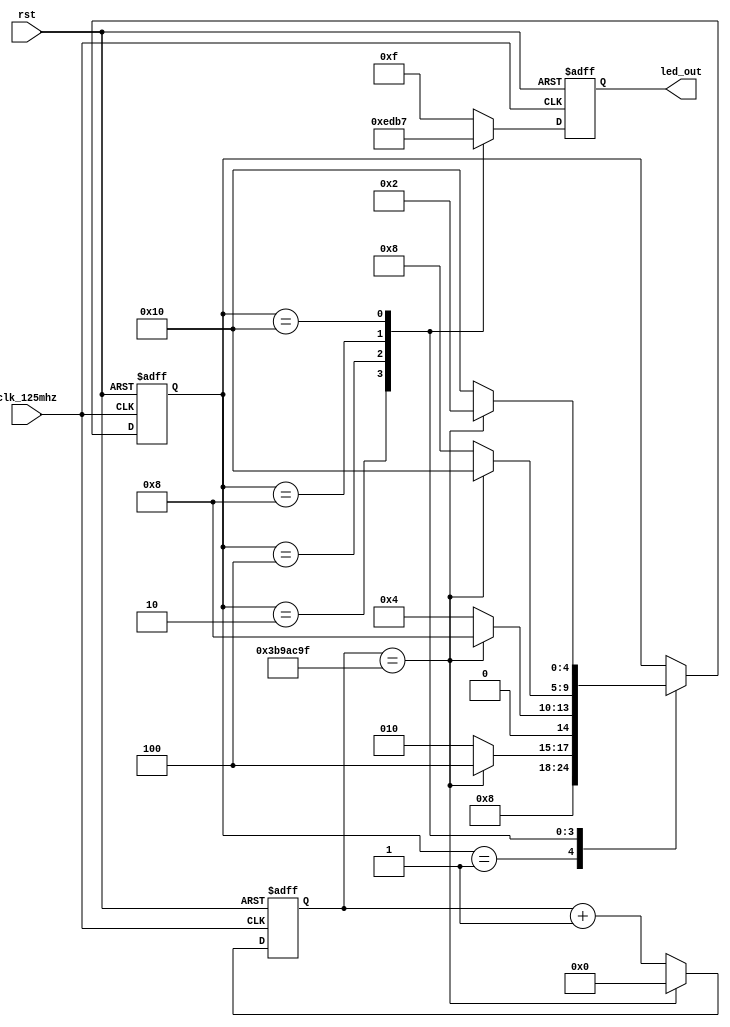
// This is a simple example.
// You can make a your own header file and set its path to settings.
// (Preferences > Package Settings > Verilog Gadget > Settings - User)
//
//		"header": "Packages/Verilog Gadget/template/verilog_header.v"
//
// -----------------------------------------------------------------------------
// Copyright (c) 2014-2023 All rights reserved
// -----------------------------------------------------------------------------
// Create : 2023-07-24 16:50:45
// Revise : 2023-07-24 16:50:45
// Editor : sublime text4, tab size (4)
// Descri : 125mhz
// -----------------------------------------------------------------------------
module Water_Lamp 
#(
	parameter cnt_500ms_max = 32'd62_499_999
)
(
	input clk_125mhz,
	input rst,
	output reg [3:0] led_out	
);

	/*
	125mhz8ns500mscnt_500ms_max
	*/

	/**/
	parameter IDLE = 5'b00_001;
	parameter D6 =  5'b00_010;
	parameter D7 = 5'b00_100;
	parameter D8 = 5'b01_000;
	parameter D9 = 5'b10_000;

	/*500ms*/
	reg [31:0] cnt_500ms;
	always @(posedge clk_125mhz or negedge rst) begin
		if(~rst) begin
			cnt_500ms <= 32'd0;
		end else if(cnt_500ms == cnt_500ms_max) begin
			cnt_500ms <= 32'd0;
		end else begin
			cnt_500ms <= cnt_500ms + 32'd1;
		end
	end

	/**/
	reg [4:0] state;
	always @(posedge clk_125mhz or negedge rst) begin
		if(~rst) begin
			state <= IDLE;
		end else begin

			case(state) 
				IDLE : begin
					state <= D6;
				end

				D6 : state <= (cnt_500ms == cnt_500ms_max) ? D7 : D6;
				D7 : state <= (cnt_500ms == cnt_500ms_max) ? D8 : D7;
				D8 : state <= (cnt_500ms == cnt_500ms_max) ? D9 : D8;
				D9 : state <= (cnt_500ms == cnt_500ms_max) ? D6 : D9;
			endcase

		end
	end

	/**/
	always @(posedge clk_125mhz or negedge rst) begin
		if(~rst) begin
			led_out <= 4'b1111;
		end else begin
			case(state)
				D6 : led_out <= 4'b1110;
				D7 : led_out <= 4'b1101;
				D8 : led_out <= 4'b1011;
				D9 : led_out <= 4'b0111;
				default : led_out <= 4'b1111;
			endcase
		end
	end

endmodule